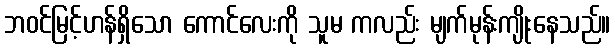
ဘဝင်မြင့်ဟန်ရှိသော ကောင်လေးကို သူမ ကလည်း မျက်မုန်းကျိုးနေသည်။